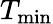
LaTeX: T_{\mathrm{min}}